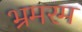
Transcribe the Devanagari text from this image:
भ्रमरम